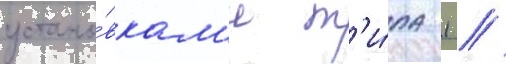
устано́вкам'и т'и́па 1 /